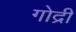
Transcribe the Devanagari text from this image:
गोद्री